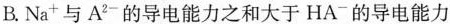
B.Na^{+}与A^{2-}的导电能力之和大于HA^{-}的导电能力